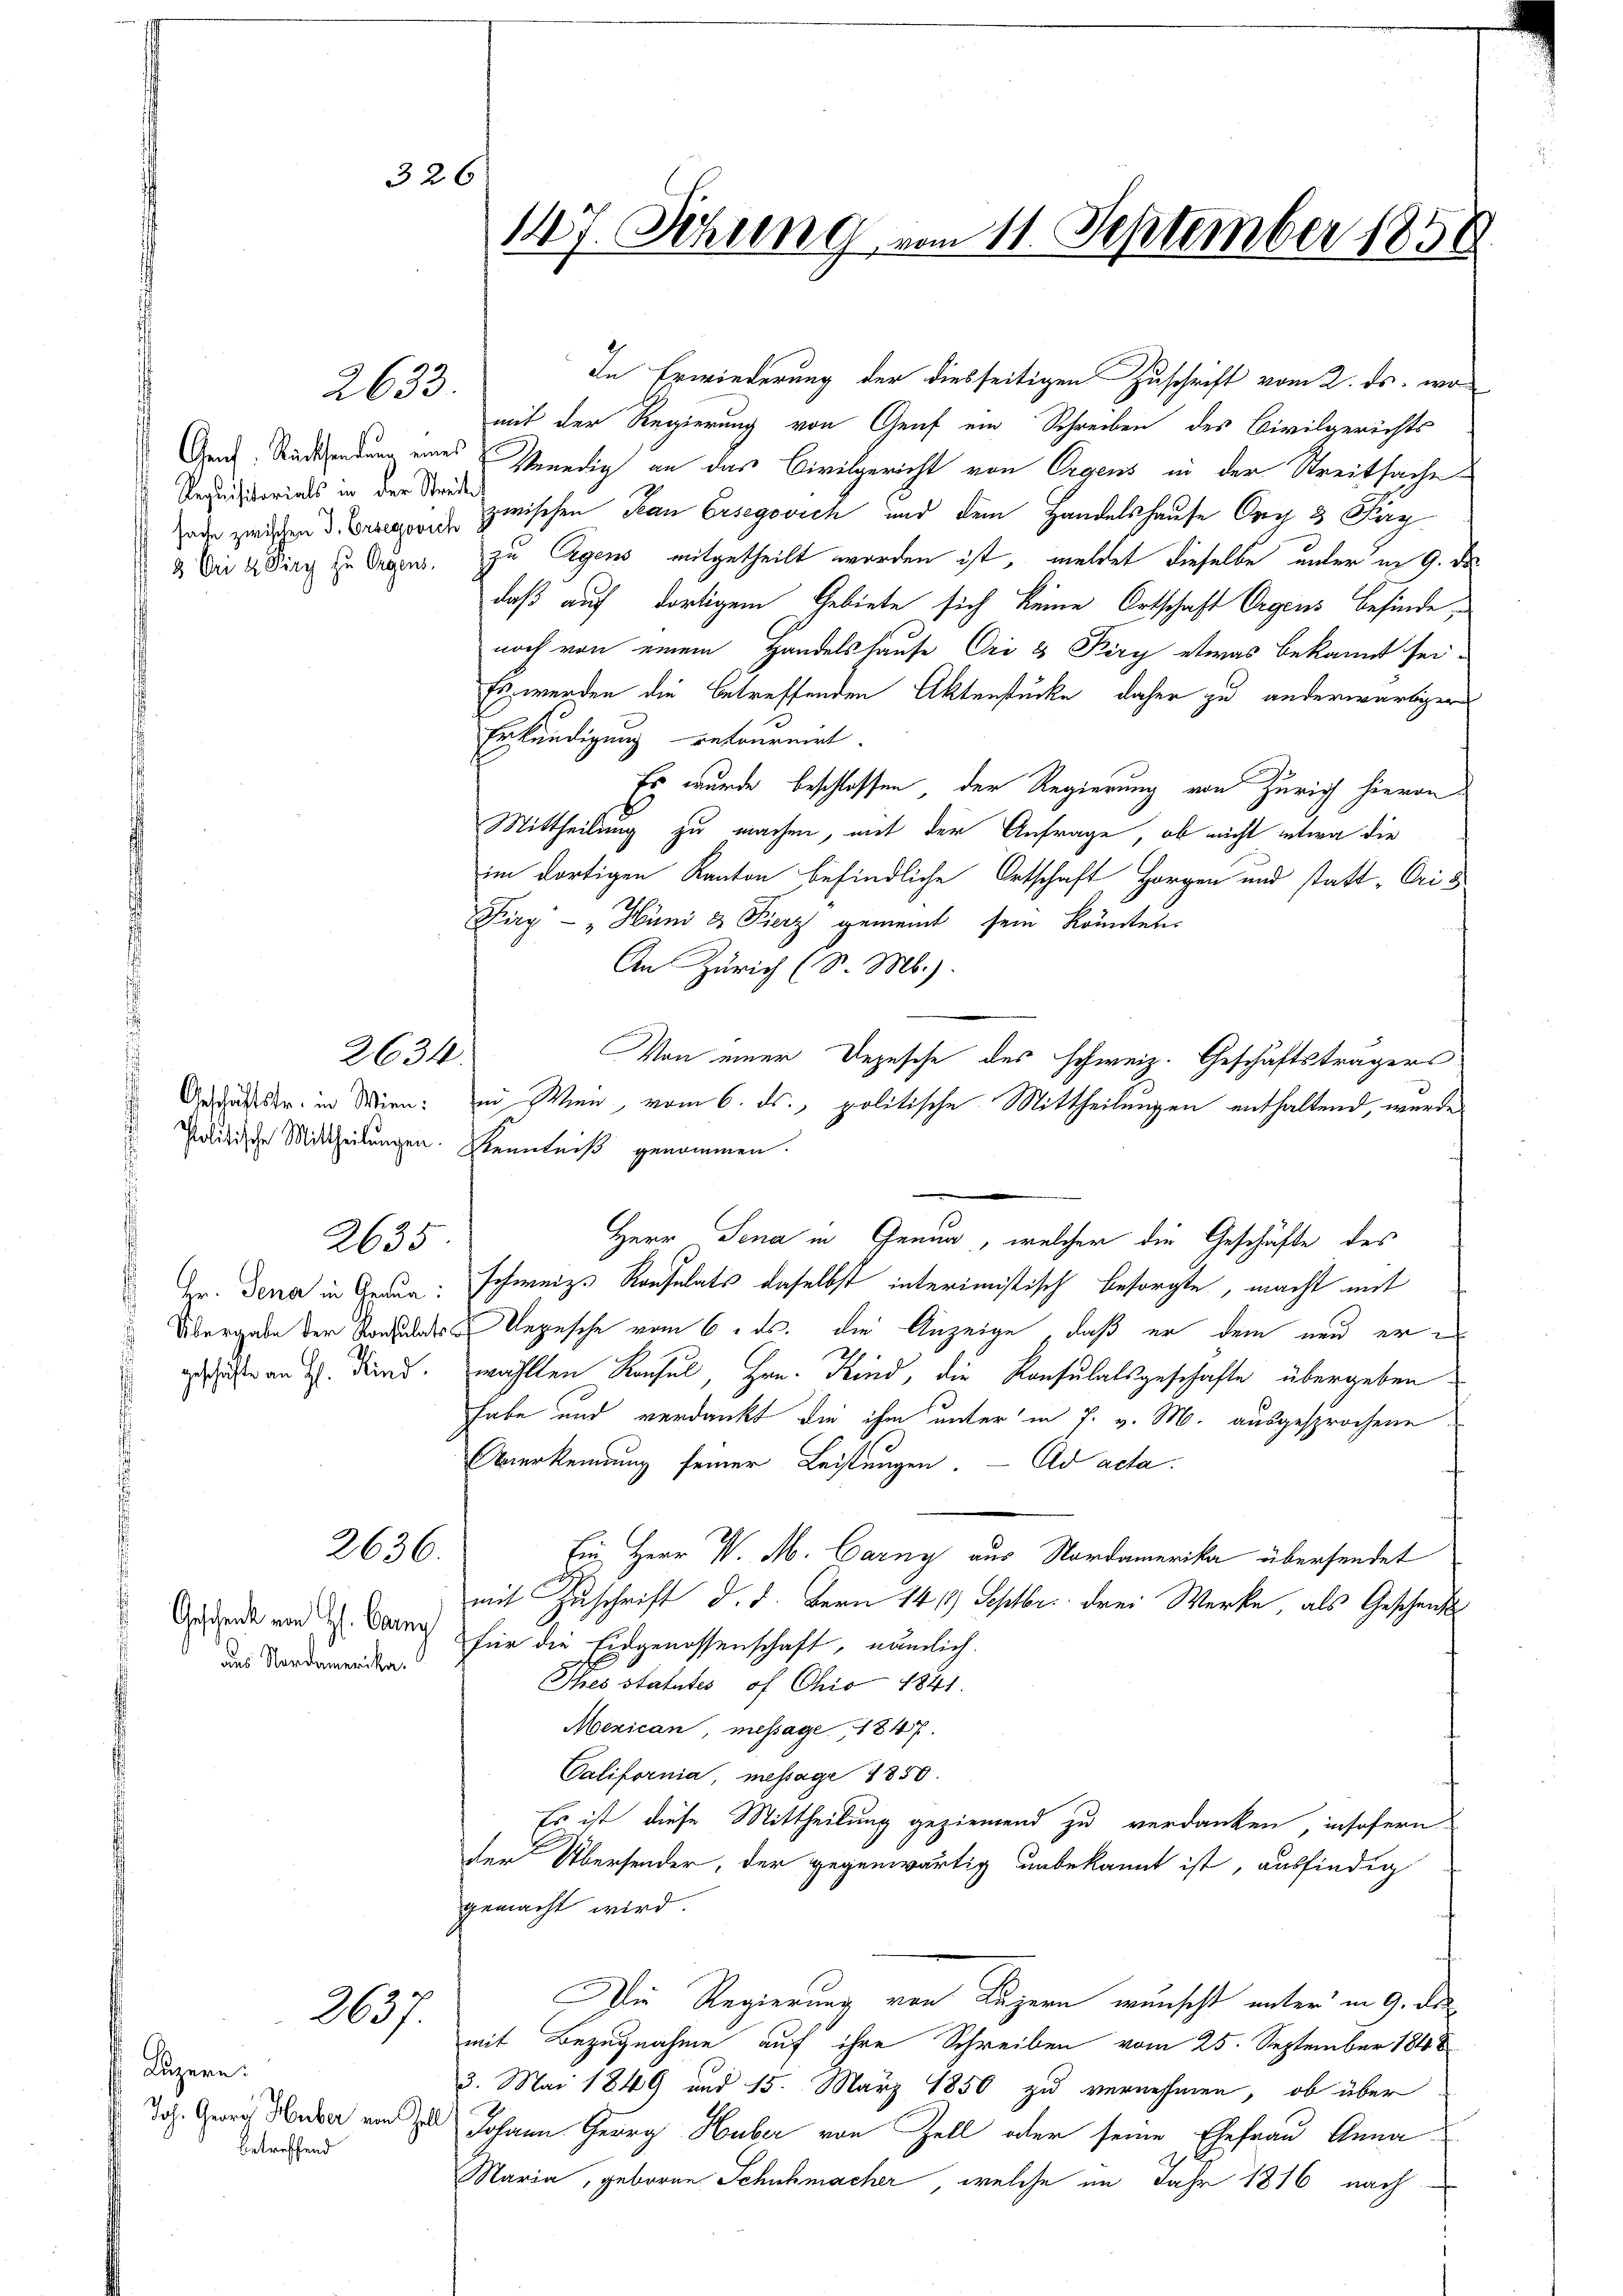
Requisitorials in der Streite,

2633.

2634.

2635

des Nordamerika.

Luzern.
betreffend

147. Sitzung vom 11. September 1858

326

In Erwiederung der diesseitigen Zuschrift vom 2. ds. wo
mit der Regierung von Graf ein Schreiben des Civilgerichts
And. Andendung eines Venedig an das Civilgericht von Ergens in der Streitsache
oder zwischen Berein zwischen San Ersegovich und dem Handelshause Org 3 Pey
2 Die 4 Ding zu trages. zu Eigens mitgetheilt worden ist, meldet dieselbe unter in 9. De
daß auf dortigem Gebiete sich keine Ortschaft Orgens befinde
noch von einem Handelshause Ori & Kiry etwas bekannt sei-
Es werden die betreffenden Aktenstücke daher zu anderwärtiger
Erkundigung retournirt.
Es wurde beschlossen, der Regierung von Zürich hievon
Mittheilung zu machen, mit der Anfrage, ob nicht entwa die
im dortigen Kanton befindliche Ortschaft Horgen und statt-Cris
Firg - "Hüni & Fierz gemeint sein könnten.
An Zürich (S. M.).
Von einer Depesche des schweiz. Geschäftsträgers
Anguter in Wien: in Wien, vom 6. ds., politische Mittheilungen enthaltend, wurde
Politische Mittheilungen. Kenntniß genommen.
Herr Sena in Genua, welcher die Geschäfte des
Hr. Denn in Graue. schweiz. Konsulats daselbst interimistisch besorgte, macht mit
Übergabe der Konsulates Depesche vom 6. ds. die Anzeige, daß er dem nun er en
geisten Kind, wählten Konsul, Hrn. Kind, die Konsulatsgeschäfte übergeben
habe und verdankt die ihm unter in 7. v. M. ausgesprochene
Overkennung seiner Leistungen. - Ad acta.
2636.
Ein Herr V. M. Carny aus Nordamerika übersendet
mit Zuschrift d. d. Bern 1419 Septbr. drei Werke, als Geschenkt
Geschenk von 2. Dann für die Eidgenossenschaft, nämlich
Ihes statutes of Ohio 1841.
Mexican, message, 1847
California, message 1850.
Es ist diese Mittheilung geziemend zu verdanken, insofern
der Übersender, der gegenwärtig unbekannt ist, ausfindig
gemacht wird.
Die Regierung von Luzern wunscht unter in 9. de
237.
mit Bezugnahme auf ihre Schreiben vom 25. September 1848
3. Mai 1849 und 15. März 1850 zu vernehmen, ob über
Joh. Zwei den und  Johann Georg Huber von Zoll oder seine Ehefrau Anna
Maria, geboren Schuhmacher, welche im Jahr 1816 nach